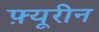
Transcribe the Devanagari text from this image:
फ़्यूरीन